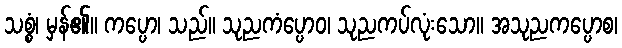
သစ္စံ၊ မှန်၏။ ကပ္ပော၊ သည်။ သုညကံပ္ပောဝ၊ သုညကပ်လုံးသော။ အသုညကပ္ပောစ၊